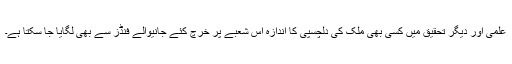
علمی اور دیگر تحقیق میں کسی بھی ملک کی دلچسپی کا اندازہ اس شعبے پر خرچ کئے جانیوالے فنڈز سے بھی لگایا جا سکتا ہے۔